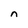
Character: n